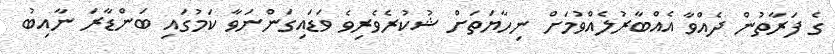
ގެ ފަރާތުން ދެއްވާ އެއްބާރުލެއްވުމަށް ނިހާޔަތަށް ޝުކުރެވެރިވެ ވަޑައިގަންނަވާ ކަމުގައި ބަންޑާރަ ނާއިބު